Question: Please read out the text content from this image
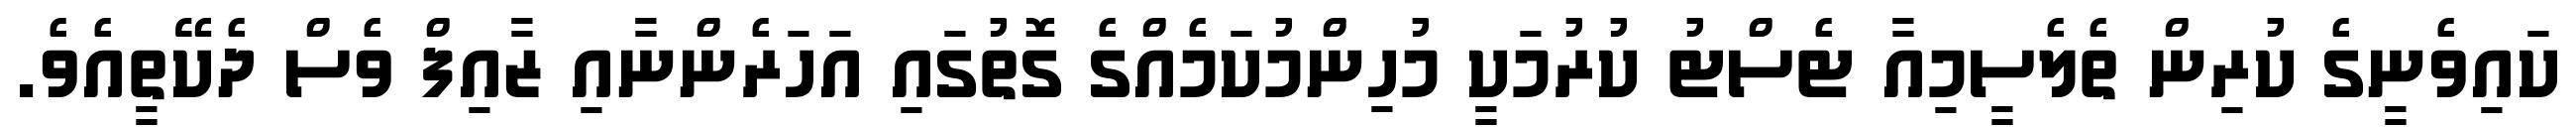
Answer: ކައިވެނީގެ ކުރިން ތެލެސީމިއާ ޓެސްޓު ކުރުމަކީ މުހިންމުކަމެއްގެ ގޮތުގައި އަހަރެންނާއި ޒާއިފް ވެސް ދެކޭތީއެވެ.